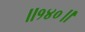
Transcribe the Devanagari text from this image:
॥१४०॥